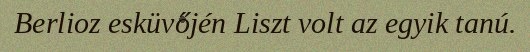
Berlioz esküvőjén Liszt volt az egyik tanú.